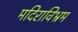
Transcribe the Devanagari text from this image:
मदिराविभ्रम